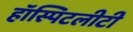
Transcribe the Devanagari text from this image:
हॉस्पिटलीटी